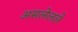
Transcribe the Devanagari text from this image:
असलेलले